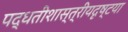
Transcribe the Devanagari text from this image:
पद्धतीशास्त्रीयदृष्टया